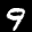
Label: 9